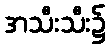
အသီးသီး၌